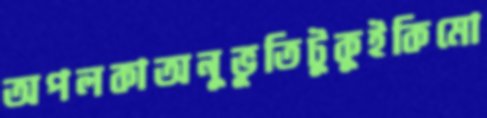
অপলকাঅনুভূতিটুকুইকিমো